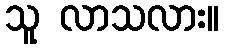
သူ လာသလား။